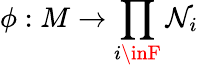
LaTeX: \phi:M\to\prod_{i\inF}\mathcal{N}_{i}